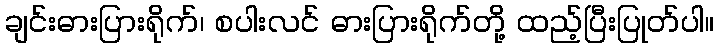
ချင်းဓားပြားရိုက်၊ စပါးလင် ဓားပြားရိုက်တို့ ထည့်ပြီးပြုတ်ပါ။